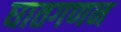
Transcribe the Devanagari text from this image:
घातगणन